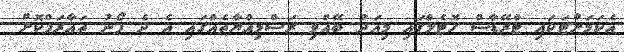
އެކަމަށްޓަކައި ޓްރޭޑާސް ހޮޓެލްގައި މިއަދު ބޭއްވި ރަސްމިއްޔާތެއްގައި އެ ދެ ފޯނު ތައާރަފްކޮށް